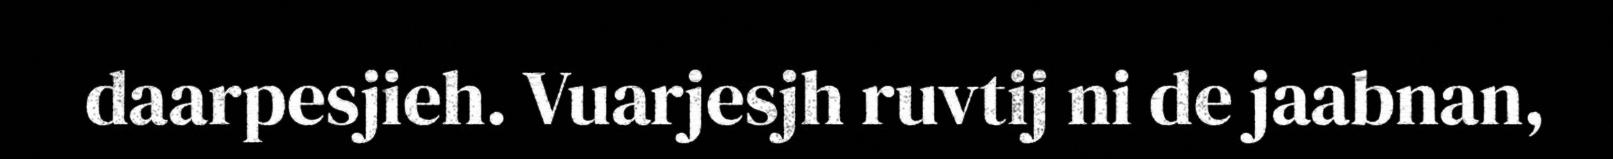
daarpesjieh. Vuarjesjh ruvtij ni de jaabnan,